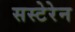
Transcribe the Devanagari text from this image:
सस्टेरेन